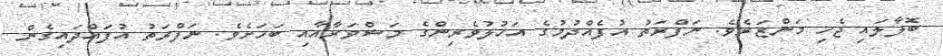
ބޮލާލައި ޖެހި މަންޒަރެވެ. ނަފްރަތު އުފެއްދުމުގެ އަހުލުވެރިންގެ މަޝްވަރާއާއި ބަހަށެވެ. ނަފްރަތު އުފައްދައިގެން